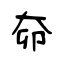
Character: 奅